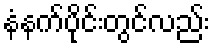
နံနက်ပိုင်းတွင်လည်း